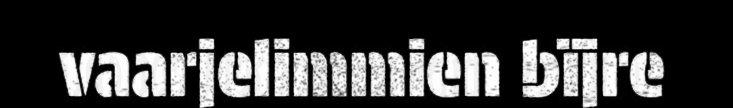
vaarjelimmien bïjre